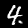
Digit: 4